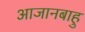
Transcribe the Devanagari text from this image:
आजानबाहु